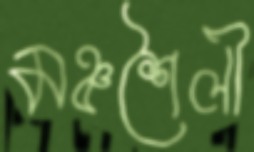
মঞ্চশৈলী